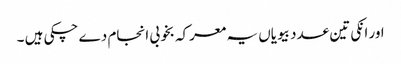
اور انکی تین عدد بیویاں یہ معرکہ بخوبی انجام دے چکی ہیں ۔